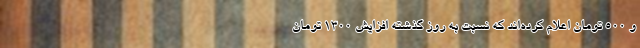
و ۵۰۰ تومان اعلام کرده‌اند که نسبت به روز گذشته افزایش ۱۳۰۰ تومان